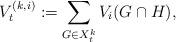
LaTeX: \begin{align*}V^{(k,i)}_t:=\sum_{G\in X^k_t}V_i(G\cap H),\end{align*}